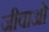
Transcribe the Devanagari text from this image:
जीवाओं